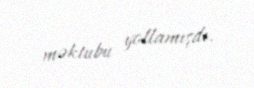
məktubu yollamışdı.